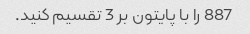
887 را با پایتون بر 3 تقسیم کنید.